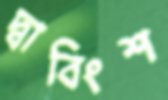
দ্বাবিংশ